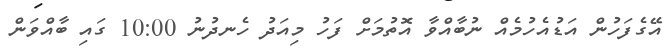
އޭގެފަހުން އަޑުއެހުމެއް ނުބާއްވާ އޮތުމަށް ފަހު މިއަދު ހެނދުނު 10:00 ގައި ބާއްވަން